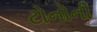
ટોનોની